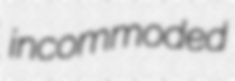
incommoded